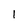
Character: 1